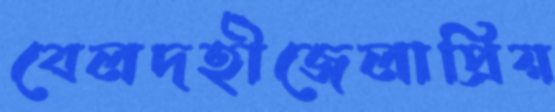
বেলদহীজেলাপ্রিয়